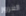
الغرور